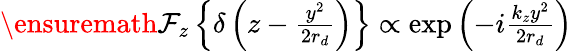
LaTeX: \begin{array}{r}{\ensuremath{\mathcal{F}}_{z}\left\{ \delta\left(z-\frac{y^{2}}{2r_{d}}\right)\right\} \propto\exp\left(-i\frac{k_{z}y^{2}}{2r_{d}}\right)}\end{array}